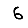
Digit: 6